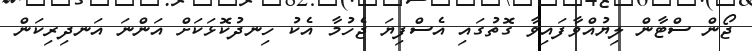
ޖޯން ސްޓާން ލިޔުއްވާފައިވާ ގޮތުގައި އެސްފިޔަ ޖެހުމާ އެކު ހިނދުކޮޅަކަށް އަންނަ އަނދިރިކަން